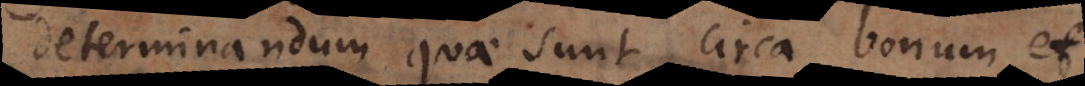
determinandum quae sunt circa bonum et